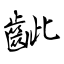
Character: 齜